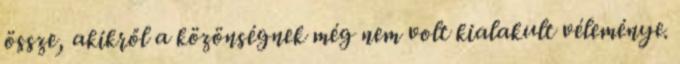
össze, akikről a közönségnek még nem volt kialakult véleménye.